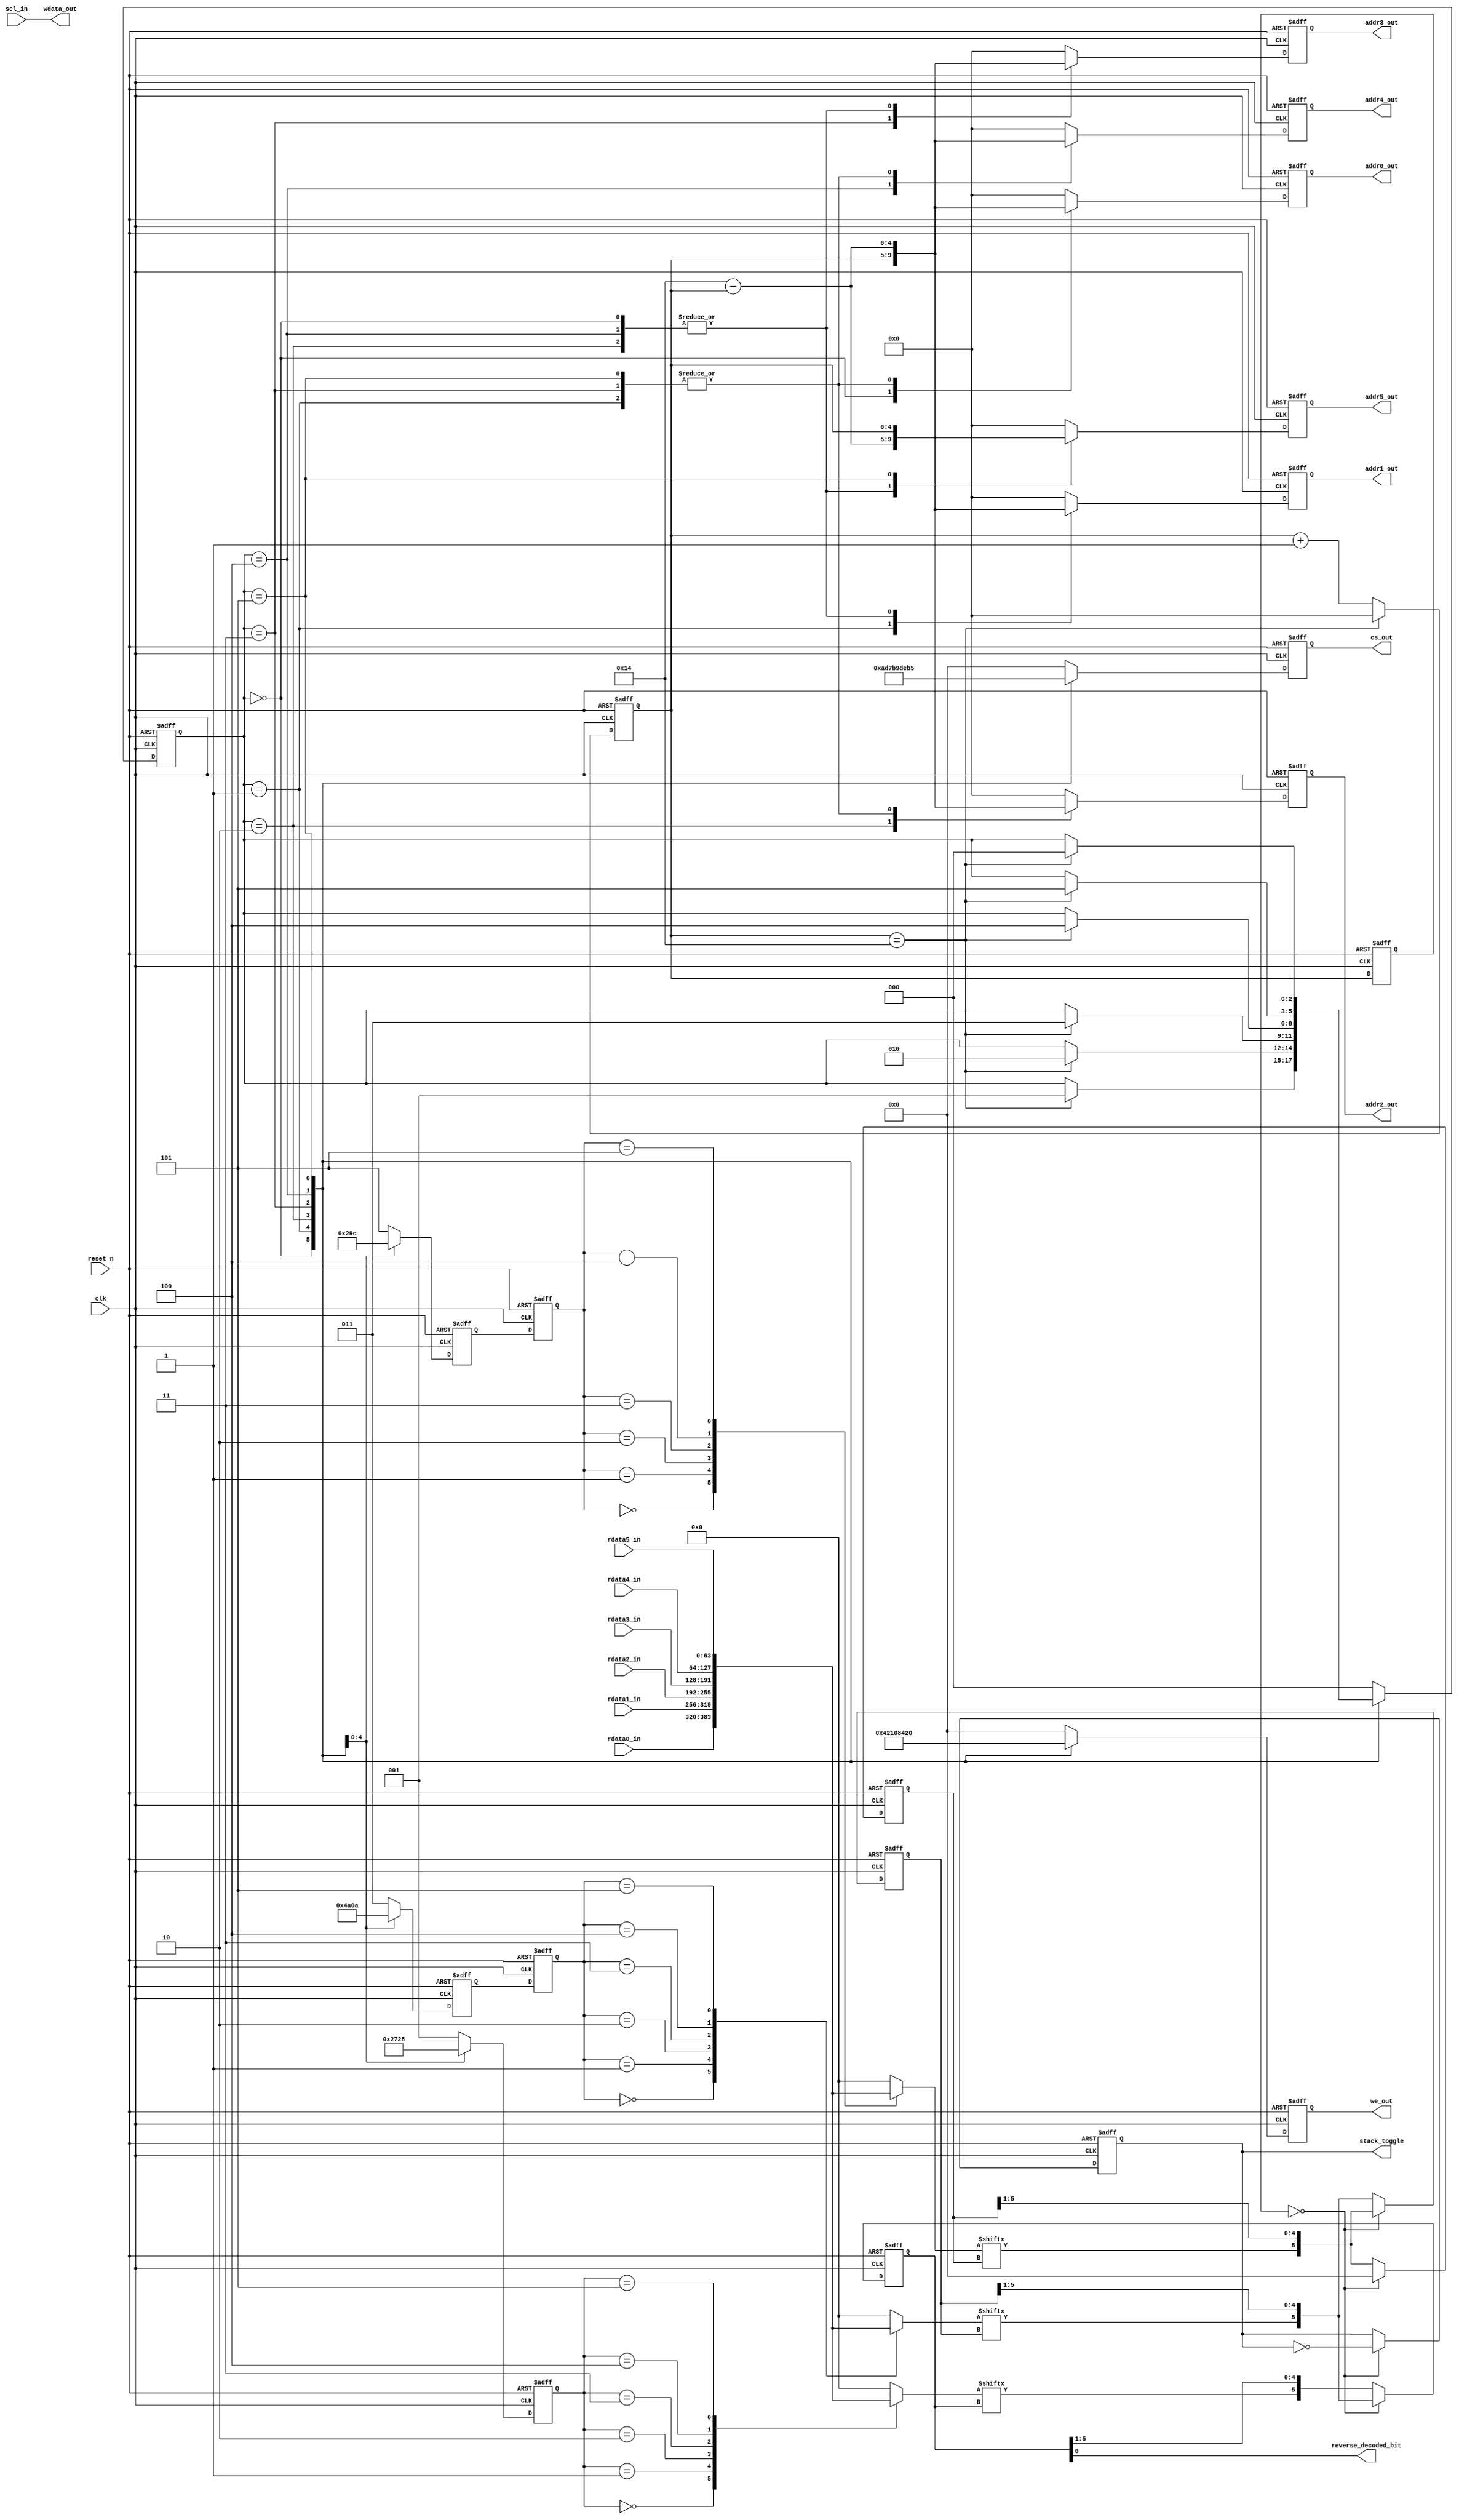
//------------------------------------------------------
// 3-pointer Algorithm survivor path memory management
// for viterbi decoder
// EESM518 final project
// Cheng Wai kin
// Lo Hon Yik
//------------------------------------------------------
module SPMU(
	clk,
	reset_n,
	sel_in,
	rdata0_in,
	rdata1_in,
	rdata2_in,
	rdata3_in,
	rdata4_in,
	rdata5_in,
	addr0_out,
	addr1_out,
	addr2_out,
	addr3_out,
	addr4_out,
	addr5_out,
	wdata_out,
	cs_out,
	we_out,
	reverse_decoded_bit,
	stack_toggle
);

input clk;
input reset_n;
input [63:0] sel_in;
input [63:0] rdata0_in,rdata1_in,rdata2_in,rdata3_in,rdata4_in,rdata5_in;
output [4:0] addr0_out,addr1_out,addr2_out,addr3_out,addr4_out,addr5_out;
output [63:0] wdata_out;
output [5:0] cs_out;
output [5:0] we_out;
//output decoded_bit_out;
output		reverse_decoded_bit;
output		stack_toggle;

reg [4:0] addr0;
reg [4:0] addr1;
reg [4:0] addr2;
reg [4:0] addr3;
reg [4:0] addr4;
reg [4:0] addr5;
reg [5:0] cs;
reg [5:0] we;

assign addr0_out = addr0;
assign addr1_out = addr1;
assign addr2_out = addr2;
assign addr3_out = addr3;
assign addr4_out = addr4;
assign addr5_out = addr5;
assign wdata_out = sel_in;
assign cs_out = cs;
assign we_out = we;


// mod21 counter
reg [4:0] mod21_count;
always @ (posedge clk or negedge reset_n) begin
	if (~reset_n) begin
		mod21_count <= 0;
	end else begin
		if (mod21_count==20) begin
			mod21_count <= 0;
		end else begin
			mod21_count <= mod21_count + 1;
		end
	end
end

wire [4:0] mod21_count_minus;
assign mod21_count_minus = 20 - mod21_count;

// 6 bank time period
reg [2:0] bank_state;
always @ (posedge clk or negedge reset_n) begin
	if (~reset_n) begin
		bank_state <= 0;
	end else begin
		case (bank_state)
			3'b000: begin
				if (mod21_count==20) begin
					bank_state <= 3'b001;
				end				
			end
			3'b001: begin
				if (mod21_count==20) begin
					bank_state <= 3'b010;
				end				
			end
			3'b010: begin
				if (mod21_count==20) begin
					bank_state <= 3'b011;
				end				
			end
			3'b011: begin
				if (mod21_count==20) begin
					bank_state <= 3'b100;
				end				
			end
			3'b100: begin
				if (mod21_count==20) begin
					bank_state <= 3'b101;
				end				
			end
			3'b101: begin
				if (mod21_count==20) begin
					bank_state <= 3'b000;
				end				
			end
			default: begin
				bank_state <= 3'b000;
			end
		endcase
	end
end

// bank memory signals
reg [2:0] tb0;
reg [2:0] tb1;
reg [2:0] dc;
always @ (posedge clk or negedge reset_n) begin
	if (~reset_n) begin
		cs <= 6'b000000;
		we <= 6'b000000;
		addr0 <= 0;
		addr1 <= 0;
		addr2 <= 0;
		addr3 <= 0;
		addr4 <= 0;
		addr5 <= 0;
		tb0 <= 5;
		tb1 <= 3;
		dc <= 1;
	end else begin
		case (bank_state)
			3'b000: begin
				cs <= 6'b101011;
				we <= 6'b000001;
				addr0 <= mod21_count;					
				addr1 <= mod21_count_minus;		// dc
				addr2 <= 0;
				addr3 <= mod21_count_minus;		
				addr4 <= 0;
				addr5 <= mod21_count_minus;		
				tb0 <= 5;
				tb1 <= 3;
				dc <= 1;
			end
			3'b001: begin
				cs <= 6'b010111;
				we <= 6'b000010;
				addr0 <= mod21_count_minus;		
				addr1 <= mod21_count;					
				addr2 <= mod21_count_minus;		// dc
				addr3 <= 0;
				addr4 <= mod21_count_minus;
				addr5 <= 0;
				tb0 <= 0;
				tb1 <= 4;
				dc <= 2;
			end
			3'b010: begin
				cs <= 6'b101110;
				we <= 6'b000100;		
				addr0 <= 0;
				addr1 <= mod21_count_minus;
				addr2 <= mod21_count;
				addr3 <= mod21_count_minus;		// dc
				addr4 <= 0;
				addr5 <= mod21_count_minus;
				tb0 <= 1;
				tb1 <= 5;
				dc <= 3;
			end
			3'b011: begin
				cs <= 6'b011101;
				we <= 6'b001000;			
				addr0 <= mod21_count_minus;
				addr1 <= 0;
				addr2 <= mod21_count_minus;
				addr3 <= mod21_count;
				addr4 <= mod21_count_minus;		// dc
				addr5 <= 0;
				tb0 <= 2;
				tb1 <= 0;
				dc <= 4;
			end
			3'b100: begin
				cs <= 6'b111010;
				we <= 6'b010000;		
				addr0 <= 0;
				addr1 <= mod21_count_minus;
				addr2 <= 0;
				addr3 <= mod21_count_minus;
				addr4 <= mod21_count;
				addr5 <= mod21_count_minus;		// dc
				tb0 <= 3;
				tb1 <= 1;
				dc <= 5;
			end
			3'b101: begin
				cs <= 6'b110101;
				we <= 6'b100000;			
				addr0 <= mod21_count_minus;		// dc
				addr1 <= 0;
				addr2 <= mod21_count_minus;
				addr3 <= 0;
				addr4 <= mod21_count_minus;
				addr5 <= mod21_count;
				tb0 <= 4;
				tb1 <= 2;
				dc <= 0;
			end
			default: begin
				cs <= 6'b000000;
				we <= 6'b000000;
				addr0 <= 0;
				addr1 <= 0;
				addr2 <= 0;
				addr3 <= 0;
				addr4 <= 0;
				addr5 <= 0;
				tb0 <= 5;
				tb1 <= 3;
				dc <= 1;
			end
		endcase
	end
end

reg [2:0] tb0_delay;
reg [2:0] tb1_delay;

always @(posedge clk or negedge reset_n)
begin
	if (~reset_n) begin
		tb0_delay <= 0;
		tb1_delay <= 0;
	end
	else begin
		tb0_delay <= tb0;
		tb1_delay <= tb1;
	end
end

reg [63:0] rdata_tb0;
always @ (tb0_delay or rdata0_in or rdata1_in or rdata2_in or rdata3_in or rdata4_in or rdata5_in) begin
	case (tb0_delay)
		3'b000: rdata_tb0 = rdata0_in;
		3'b001: rdata_tb0 = rdata1_in;
		3'b010: rdata_tb0 = rdata2_in;
		3'b011: rdata_tb0 = rdata3_in;
		3'b100: rdata_tb0 = rdata4_in;
		3'b101: rdata_tb0 = rdata5_in;
		default: rdata_tb0 = 0;
	endcase
end

reg [63:0] rdata_tb1;
always @ (tb1_delay or rdata0_in or rdata1_in or rdata2_in or rdata3_in or rdata4_in or rdata5_in) begin
	case (tb1_delay)
		3'b000: rdata_tb1 = rdata0_in;
		3'b001: rdata_tb1 = rdata1_in;
		3'b010: rdata_tb1 = rdata2_in;
		3'b011: rdata_tb1 = rdata3_in;
		3'b100: rdata_tb1 = rdata4_in;
		3'b101: rdata_tb1 = rdata5_in;
		default: rdata_tb1 = 0;
	endcase
end

reg [63:0] rdata_dc;
always @ (dc or rdata0_in or rdata1_in or rdata2_in or rdata3_in or rdata4_in or rdata5_in) begin
	case (dc)
		3'b000: rdata_dc = rdata0_in;
		3'b001: rdata_dc = rdata1_in;
		3'b010: rdata_dc = rdata2_in;
		3'b011: rdata_dc = rdata3_in;
		3'b100: rdata_dc = rdata4_in;
		3'b101: rdata_dc = rdata5_in;
		default: rdata_dc = 0;
	endcase
end

reg [4:0] mod21_count_delay;
always @ (posedge clk or negedge reset_n) begin
	if (~reset_n) begin
		mod21_count_delay <= 0;
	end else begin
		mod21_count_delay <= mod21_count;
	end
end

reg [5:0] tb0_state;
wire tb0_bit;
always @ (posedge clk or negedge reset_n) begin
	if (~reset_n) begin
		tb0_state <= 0;
	end else begin
		if (mod21_count_delay==0) begin
			tb0_state <= 0;
		end else begin
			tb0_state <= {tb0_bit, tb0_state[5:1]};
		end
	end
end
assign tb0_bit = rdata_tb0[tb0_state];


reg [5:0] tb1_state;
wire tb1_bit;
always @ (posedge clk or negedge reset_n) begin
	if (~reset_n) begin
		tb1_state <= 0;
	end else begin
		if (mod21_count_delay==0) begin
			tb1_state <= {tb0_bit, tb0_state[5:1]};
		end else begin
			tb1_state <= {tb1_bit, tb1_state[5:1]};
		end
	end
end
assign tb1_bit = rdata_tb1[tb1_state];

reg [5:0] dc_state;
wire dc_bit;
always @ (posedge clk or negedge reset_n) begin
	if (~reset_n) begin
		dc_state <= 0;
	end else begin
		if (mod21_count_delay==0) begin
			dc_state <= {tb1_bit, tb1_state[5:1]};
		end else begin
			dc_state <= {dc_bit, dc_state[5:1]};
		end
	end
end
assign dc_bit = rdata_dc[dc_state];

//Stack control
reg stack_toggle;
always @ (posedge clk or negedge reset_n) begin
	if (~reset_n) begin
		stack_toggle <= 0;
	end else begin
		if (mod21_count_delay==0) begin
			stack_toggle <= ~stack_toggle;
		end
	end
end

wire reverse_decoded_bit;
assign reverse_decoded_bit = dc_state[0];


endmodule